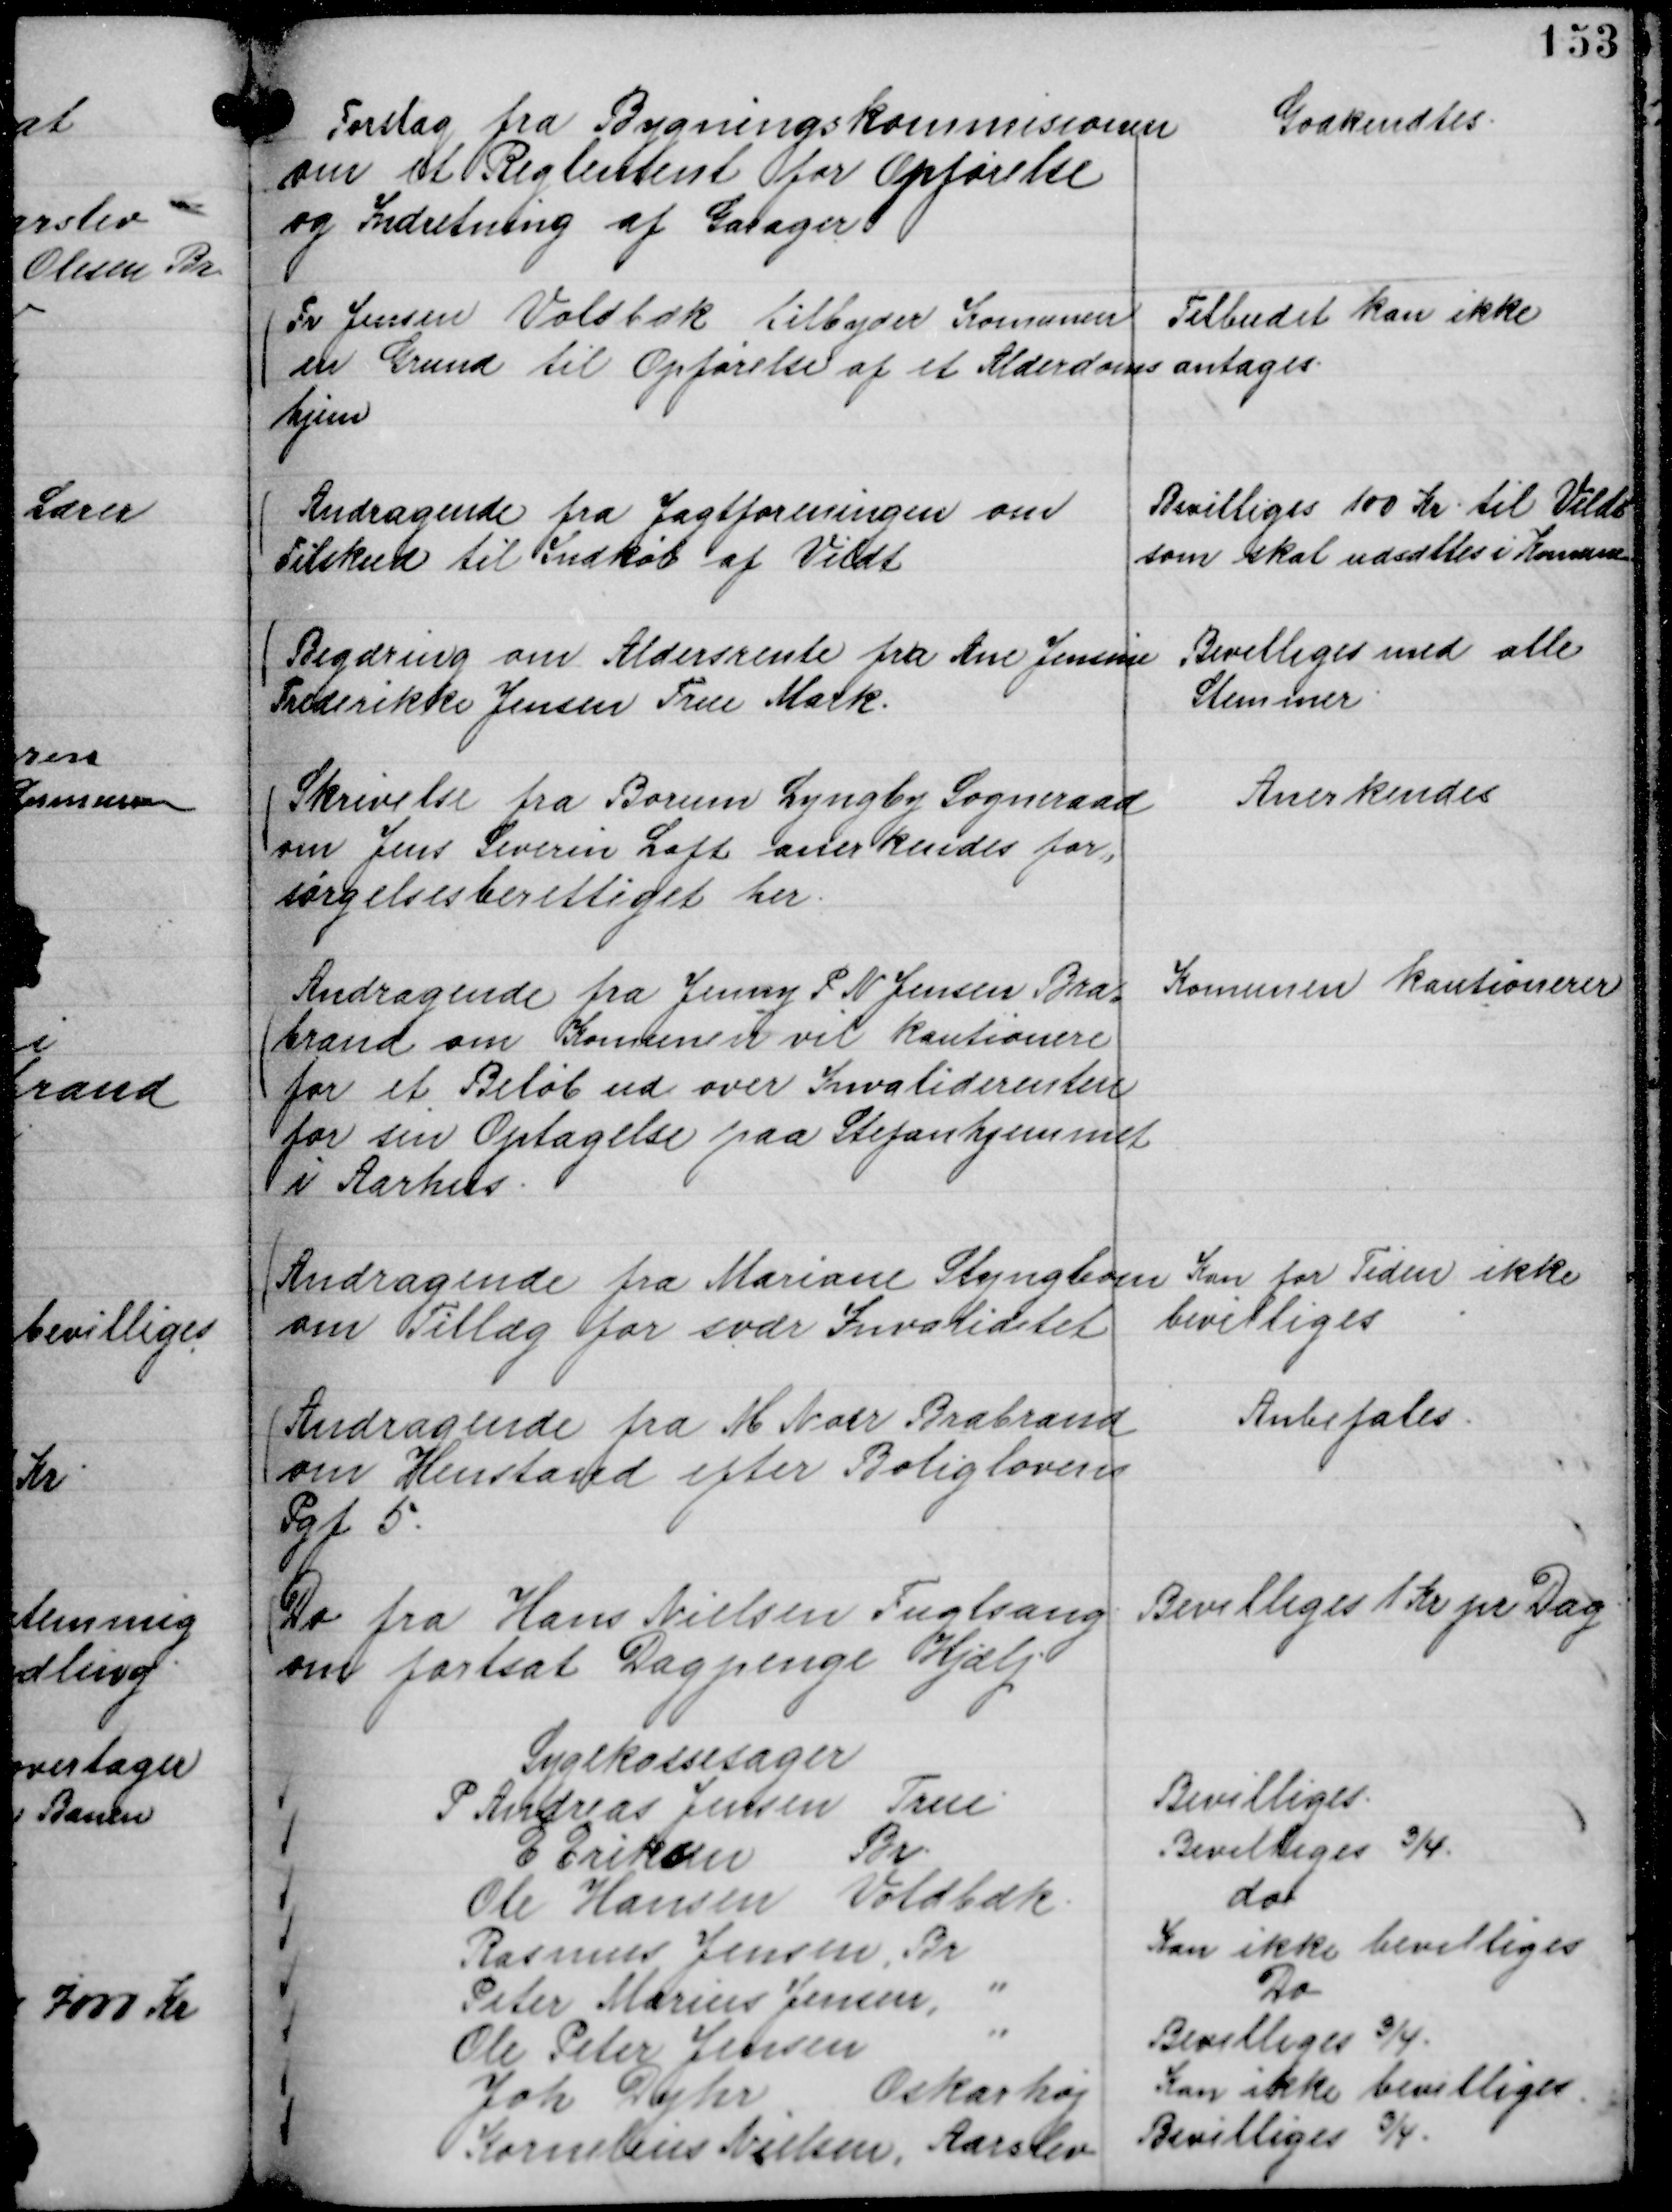
Transskription:
Forslag fra Bygningskommisionen
om et Reglement for Opførelse
og Indretning af Garager

Godkendtes.

Fr Jensen Voldbæk tilbyder Komunen
en Grund til Opførelse af et Alderdoms
hjem

Tilbudet kan ikke
antages.

Andragende fra Jagtforeningen om
Tilskud til Indkøb af Vildt

Bevilliges 100 Kr. til Vildt
som skal udsættes i Komune

Begæring om Aldersrente fra Ane Jensine
Frederikke Jensen True Mark.

Bevilliges med alle
Stemmer.

Skrivelse fra Borum Lyngby Sogneraad
om Jens Severin Loft anerkendes for,,
sørgelsesberettiget her.

Anerkendes

Andragende fra Jenny P N Jensen Bra,,
brand om Komunen vil kautionere
for et Beløb ud over Invaliderenten
for sin Optagelse paa Stefanhjemmet
i Aarslev.

Komunen kautionerer

Andragende fra Mariane Slyngbom
om Tillæg for svær Invaliditet

Kan for Tiden ikke
bevilliges

Andragende fra M Noer Brabrand
om Henstand efter Boliglovens
Pgf 5.

Anbefales.

Do fra Hans Nielsen Fuglsang
om fortsat Dagpenge Hjælp

Bevilliges 1 Kr pr Dag.

Sygekassesager
P Andreas Jensen True.
Bevilliges.
E Eriksen Br.
Bevilliges ¾.
Ole Hansen Voldbæk.
do
Rasmus Jensen, Br
Kan ikke bevilliges
Peter Marius Jensen, "
Do
Ole Peter Jensen "
Bevilliges ¾.
Joh Dyhr Oskarhøj
Kan ikke bevilliges
Kornelius Nielsen, Aarslev
Bevilliges ¾.